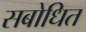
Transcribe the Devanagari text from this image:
सबोधित